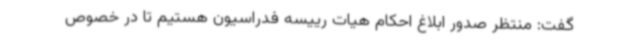
گفت: منتظر صدور ابلاغ احکام هیات رییسه فدراسیون هستیم تا در خصوص